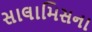
સાલામિસના